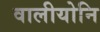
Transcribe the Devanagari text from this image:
वालीयोनि